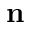
\mathbf { n }